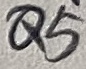
Text: Q5